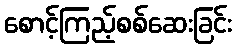
စောင့်ကြည့်စစ်ဆေးခြင်း